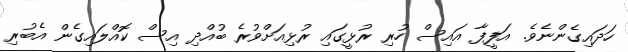
ހަދައިގެންނެވެ. އަފީފާ އައިސް ހުރި ރުޅީގައި ރުޅިއަށްވުރެ ބުއްދި އިސް ކޮއްލައިގެން އެބުރި